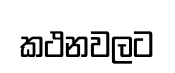
කථනවලට